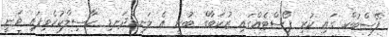
ފޭސްބުކް ގައި ކުރި ޕޯސްޓެއްގައި ޒުކަބާގް ބުނީ އެ ލަނޑުދަނޑި ހާސިލްކުރެވިފައި ވަނީ